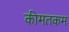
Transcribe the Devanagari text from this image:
कीमतकम